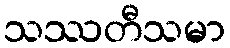
သဿတီသမာ